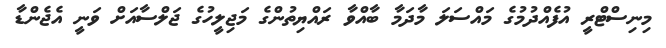
މިނިސްޓްރީ އުފެއްދުމުގެ މައްސަލަ މާދަމާ ބާއްވާ ރައްޔިިތުންގެ މަޖިލީހުގެ ޖަލްސާއަށް ވަނީ އެޖެންޑާ